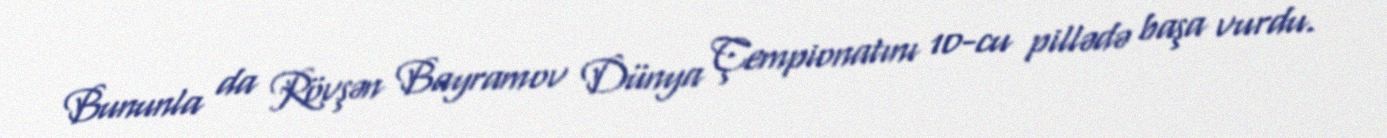
Bununla da Rövşən Bayramov Dünya Çempionatını 10-cu pillədə başa vurdu.